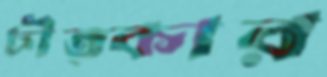
চীত্কার